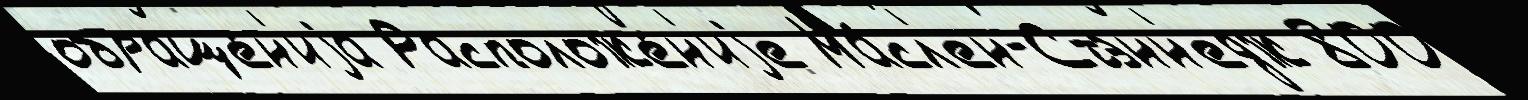
обраще́н'иjа Расположе́н'иjе Ма́сл'ен-Стэнн'едж 800